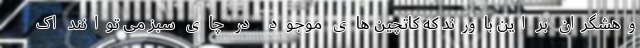
وهشگران بر این باورند که کاتچین های موجود در چای سبز می توانند اک